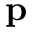
\mathbf { p }